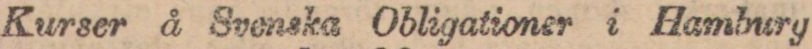
Kurser å Svenska Obligationer i Hamburg